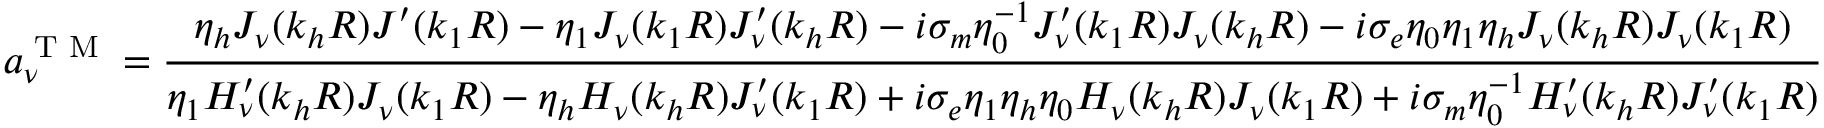
a _ { \nu } ^ { \textrm { T M } } = \frac { \eta _ { h } J _ { \nu } ( k _ { h } R ) J ^ { \prime } ( k _ { 1 } R ) - \eta _ { 1 } J _ { \nu } ( k _ { 1 } R ) J _ { \nu } ^ { \prime } ( k _ { h } R ) - i \sigma _ { m } \eta _ { 0 } ^ { - 1 } J _ { \nu } ^ { \prime } ( k _ { 1 } R ) J _ { \nu } ( k _ { h } R ) - i \sigma _ { e } \eta _ { 0 } \eta _ { 1 } \eta _ { h } J _ { \nu } ( k _ { h } R ) J _ { \nu } ( k _ { 1 } R ) } { \eta _ { 1 } H _ { \nu } ^ { \prime } ( k _ { h } R ) J _ { \nu } ( k _ { 1 } R ) - \eta _ { h } H _ { \nu } ( k _ { h } R ) J _ { \nu } ^ { \prime } ( k _ { 1 } R ) + i \sigma _ { e } \eta _ { 1 } \eta _ { h } \eta _ { 0 } H _ { \nu } ( k _ { h } R ) J _ { \nu } ( k _ { 1 } R ) + i \sigma _ { m } \eta _ { 0 } ^ { - 1 } H _ { \nu } ^ { \prime } ( k _ { h } R ) J _ { \nu } ^ { \prime } ( k _ { 1 } R ) }